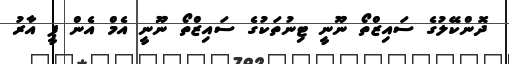
ދޮންކޭލުގެ ސައިޒްްތޯ ނޫނީ ޓިނުތަކުގެ ސައިޒްތޯ ނޫނީ އެމް އެން ޕީ އާރު